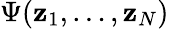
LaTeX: \Psi(\mathbf{z}_{1},\dots,\mathbf{z}_{N})